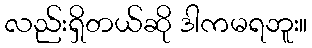
လည်းရှိတယ်ဆို ဒါကမရဘူး။